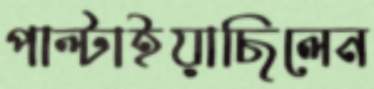
পাল্‌টাইয়াছিলেন